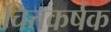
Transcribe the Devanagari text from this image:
चित्तकर्षक